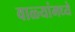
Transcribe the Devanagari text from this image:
वाळ्यांमध्ये